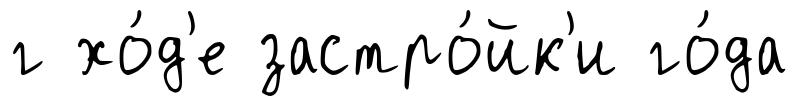
г хо́д'е застро́йк'и го́да